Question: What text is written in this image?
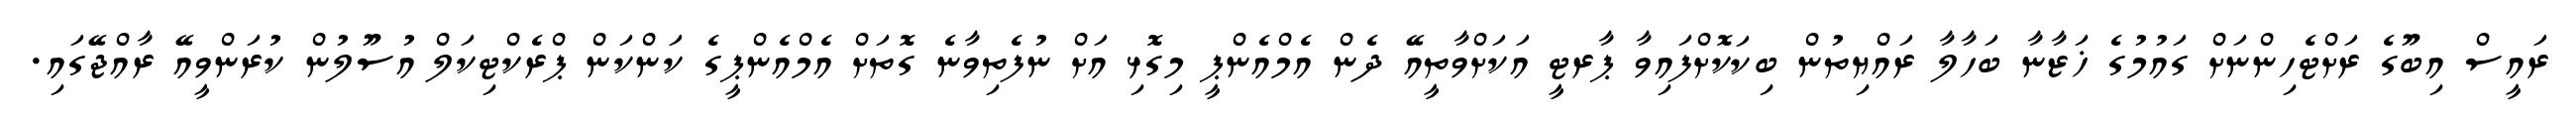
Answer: ރައީސް އިބޫގެ ރަށްޓެހިންނަށް ގައުމުގެ ޚަޒާނާ ބަހާލާ ރައްޔިތުން ބިކަކޮށްފައިވާ ޕާރޓީ އަކަށްވާތީއޭ ދެން އެމްއެންޕީ މިގޮޅި އަށް ނުފެތިވާނެ ގޮތަށް އެމްއެންޕީގެ ކަންކަން ޕްރެކްޓިކަލް އުސޫލުން ކުރަންވީއޭ ރާއްޖޭގައި.